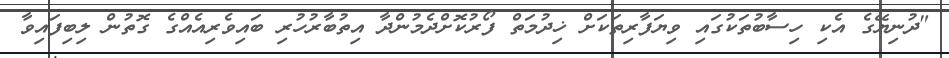
"ދުނިޔޭގެ އެކި ހިސާބުތަކުގައި ވިޔަފާރިތަކަށް ޚިދުމަތް ފޯރުކޮށްދެމުންދާ އިތުބާރުހުރި ބައިވެރިއެއްގެ ގޮތުން ލިބިފައިވާ